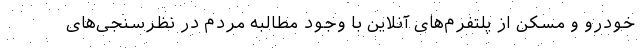
خودرو و مسکن از پلتفرم‌های آنلاین با وجود مطالبه مردم در نظرسنجی‌های